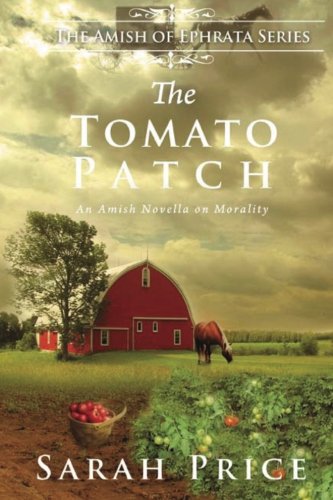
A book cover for The Tomato Patch: An Amish Novella on Morality (Amish of Ephrata); Sarah Price; Christian Books & Bibles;